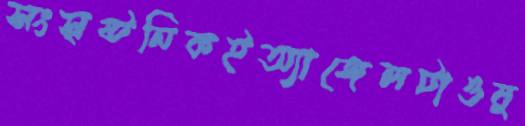
সংসৃষ্টনিকইঅ্যাঙ্গেলটাওষু